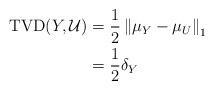
LaTeX: \begin{align*}\mathrm{TVD}(Y, \mathcal{U})& = \frac{1}{2} \left\| \mu_Y - \mu_U \right\|_1\\& = \frac{1}{2} \delta_Y\end{align*}